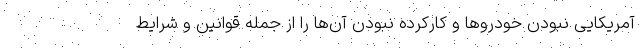
آمریکایی نبودن خودروها و کارکرده نبودن آن‌ها را از جمله قوانین و شرایط